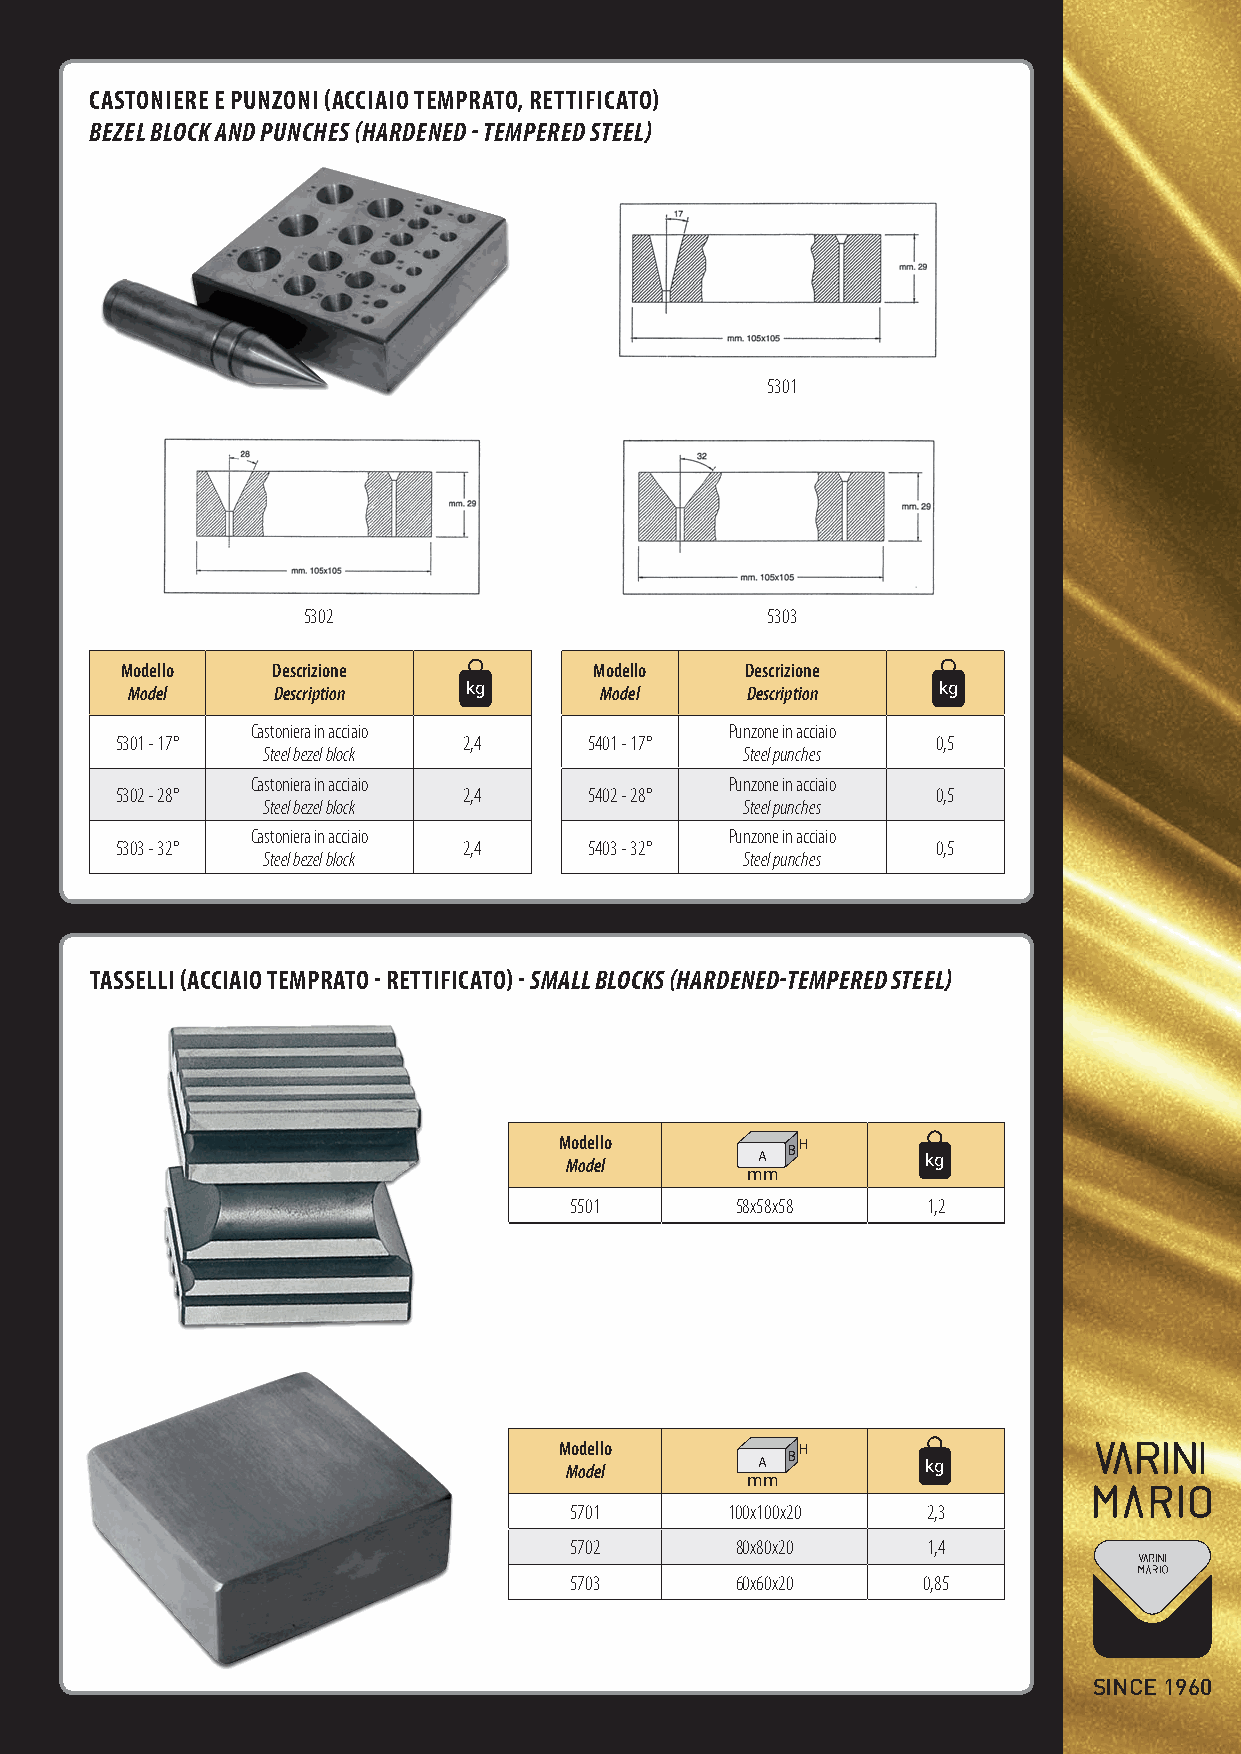
CASTONIERE E pUNZONI (ACCIAIO TEMpRATO, RETTIFICATO)
 BEZEL BLOCk AND pUNCHES (HARDENED - TEMpERED STEEL)
 5301
 5302                           5303
 Modello   Descrizione BH       Modello   Descrizione BH
 Model    Description A kg      Model     Description A kg
 cm                             cm
 Castoniera in acciaio          Punzone in acciaio
 5301 - 17°             2,4     5401 - 17°             0,5
 Steel bezel block              Steel punches
 Castoniera in acciaio          Punzone in acciaio
 5302 - 28°             2,4     5402 - 28°             0,5
 Steel bezel block              Steel punches
 Castoniera in acciaio          Punzone in acciaio
 5303 - 32°             2,4     5403 - 32°             0,5
 Steel bezel block              Steel punches
 TASSELLI (ACCIAIO TEMpRATO - RETTIFICATO) - SMALL BLOCkS (HARDENED-TEMpERED STEEL)
 M Mo od de ell lo
 A
 BH
 kAg
 BH
 kg
 mm    cm
 5501       58x58x58    1,2
 M Mo od de ell lo
 A
 BH
 kAg
 BH
 kg
 mm    cm
 5701      100x100x20   2,3
 5702       80x80x20    1,4
 5703       60x60x20    0,85
 SINCE 1960
 Varini_catalogo_def2.indd 27                                           18/06/12 15:27